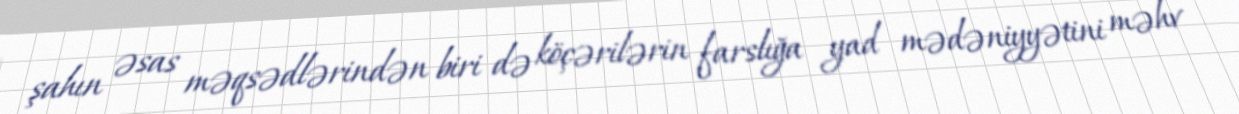
şahın əsas məqsədlərindən biri də köçərilərin farslığa yad mədəniyyətini məhv